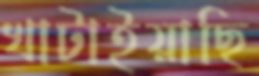
খাটাইয়াছি